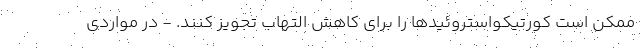
ممکن است کورتیکواستروئیدها را برای کاهش التهاب تجویز کنند. - در مواردی